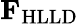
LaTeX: \mathbf{F}_{\mathrm{HLLD}}